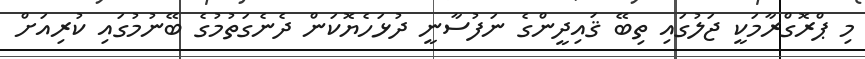
މި ޕްރޮގްރާމަކީ ޖަލުގައި ތިބޭ ޤައިދީންގެ ނަފުސާނީ ދުޅަހެޔޮކަން ދެނެގަތުމުގެ ބޭނުމުގައި ކުރިއަށް